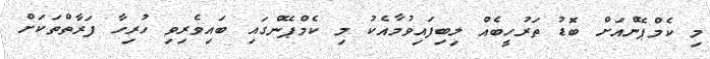
މި ކެމްޕޭންއަށް ބޮޑު ތަރުހީބެއް ލިބިފައިވުމާއެކު މި ކެމްޕޭންގައި ބައިވެރިވި ހުރިހާ ފަރާތްތަކަށް